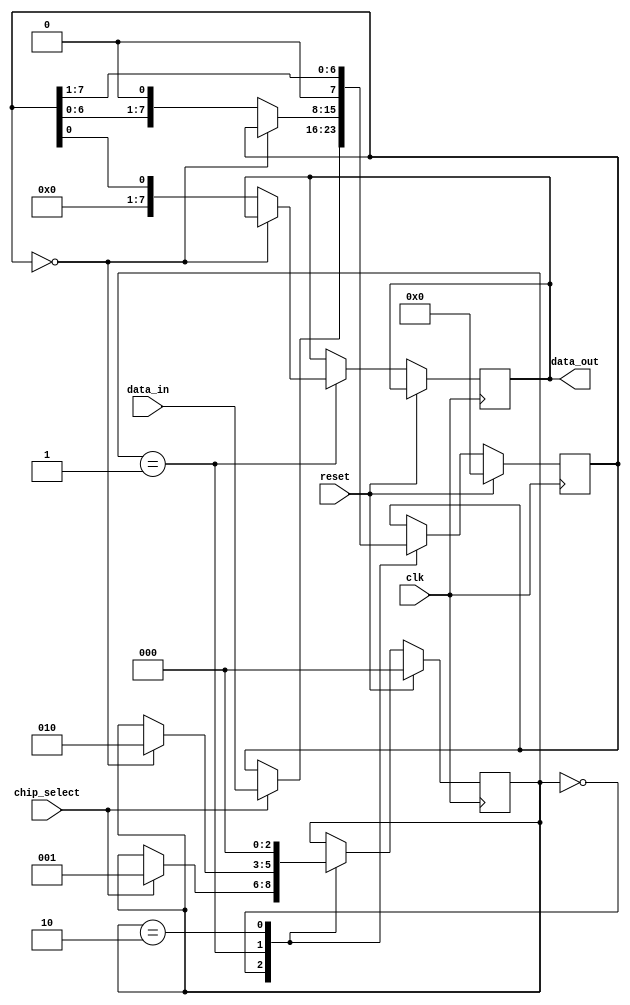
module spi_master (
  input wire reset,
  input wire clk,
  input wire chip_select,
  input wire [7:0] data_in,
  output reg [7:0] data_out
);

reg [7:0] shift_reg;
reg [2:0] state;

parameter IDLE = 3'b000, SEND = 3'b001, RECEIVE = 3'b010;

always @(posedge clk) begin
  if (reset) begin
    shift_reg <= 8'b0;
    state <= IDLE;
  end else begin
    case (state)
      IDLE: begin
        if (chip_select) begin
          shift_reg <= data_in;
          state <= SEND;
        end
      end
      SEND: begin
        if (shift_reg == 8'b0) begin
          state <= RECEIVE;
        end else begin
          data_out <= shift_reg[0];
          shift_reg <= {shift_reg[6:0], 1'b0};
        end
      end
      RECEIVE: begin
        shift_reg <= {1'b0, shift_reg[7:1]};
        state <= IDLE;
      end
    endcase
  end
end

endmodule